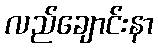
လည်ချောင်းနာ